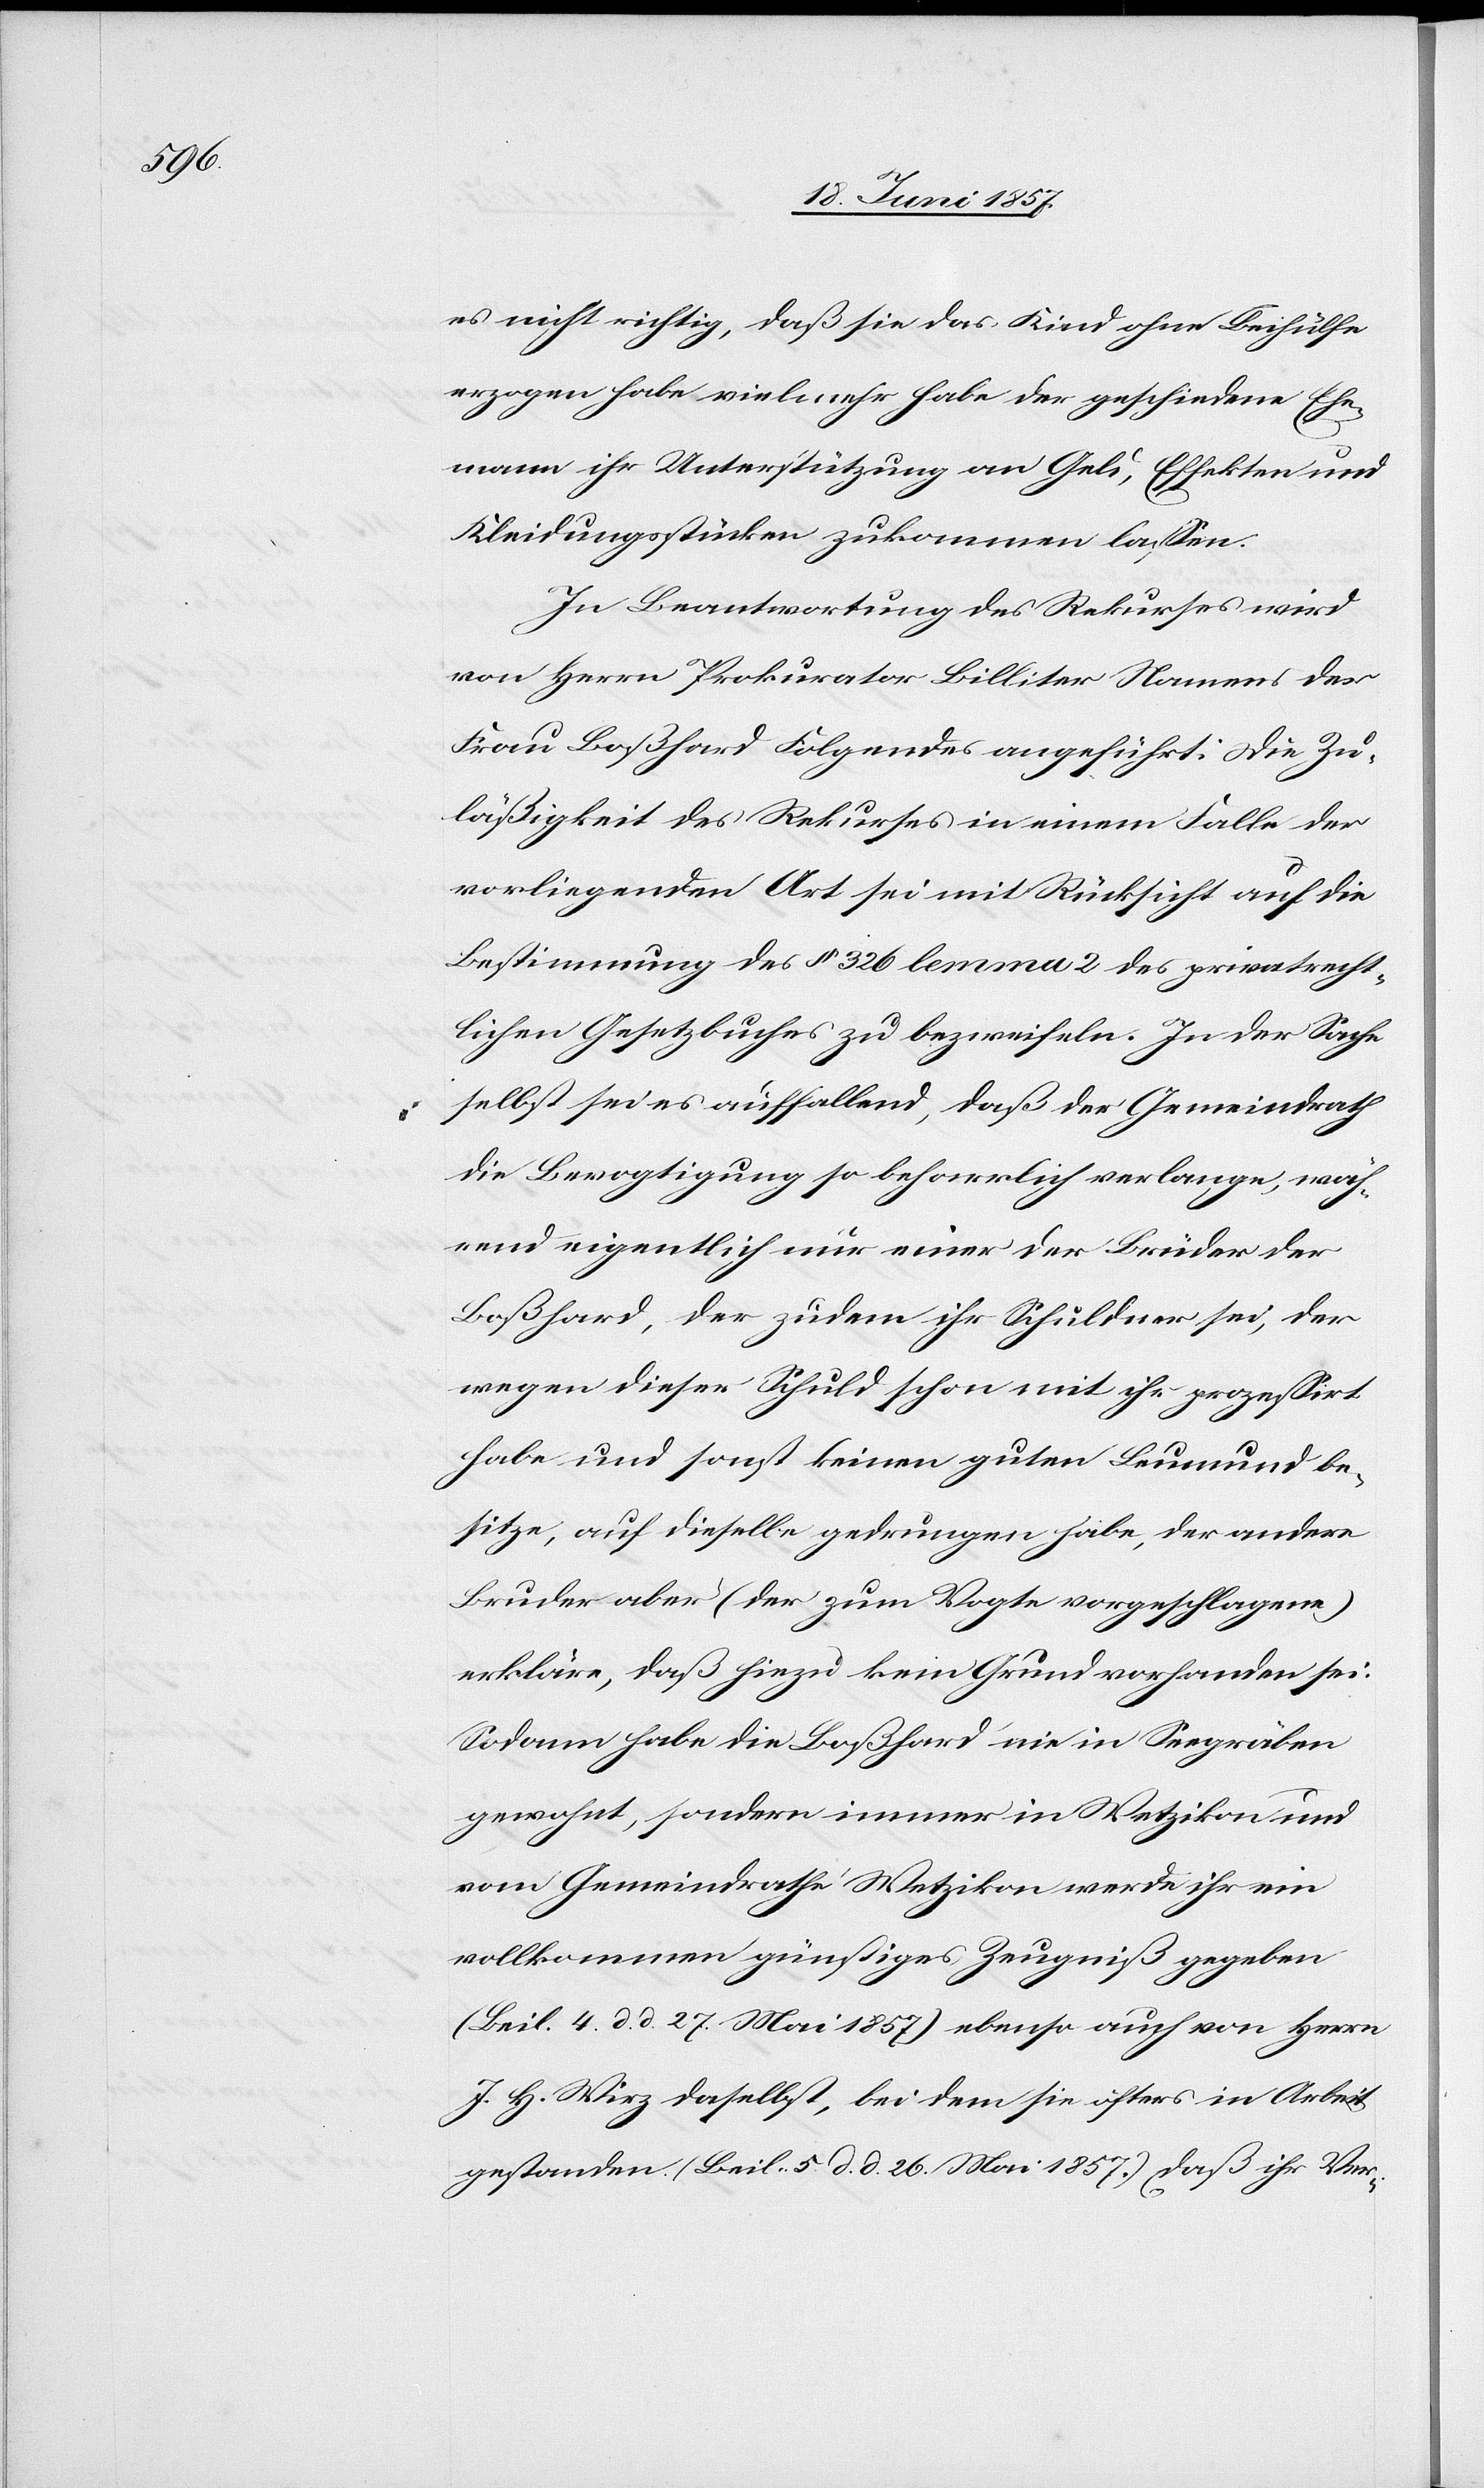
es nicht richtig, daß sie das Kind ohne Beihülfe
erzogen habe[,] vielmehr habe der geschiedene Ehe¬
mann ihr Unterstützung an Geld, Effekten und
Kleidungsstücken zukommen lassen.
In Beantwortung des Rekurses wird
von Herrn Prokurator Billiter Namens der
Frau Boßhard Folgendes angeführt: Die Zu¬
läßigkeit des Rekurses in einem Falle der
vorliegenden Art sei mit Rücksicht auf die
Bestimmung des § 326 lemma 2 des privatrecht¬
lichen Gesetzbuches zu bezweifeln. In der Sache
selbst sei es auffallend, daß der Gemeindrath
die Bevogtigung so beharrlich verlange, wäh¬
rend eigentlich nur einer der Brüder der
Boßhard, der zudem ihr Schuldner sei, der
wegen dieser Schuld schon mit ihr prozessirt
habe und sonst keinen guten Leumund be¬
sitze, auf dieselbe gedrungen habe, der andere
Bruder aber (der zum Vogte vorgeschlagene)
erkläre, daß hiezu kein Grund vorhanden sei.
Sodann habe die Boßhard nie in Seegräben
gewohnt, sondern immer in Wetzikon und
vom Gemeindrathe Wetzikon werde ihr ein
vollkommen günstiges Zeugniß gegeben
(Beil. 4 d. d. 27 Mai 1857) ebenso auch von Herrn
J. H. Wirz daselbst, bei dem sie öfters in Arbeit
gestanden (Beil. 5 d. d. 26 Mai 1857.) Daß ihr Ver-